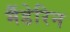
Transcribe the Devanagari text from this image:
मैंडेरिन